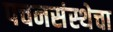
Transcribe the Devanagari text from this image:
पचनसंस्थेचा